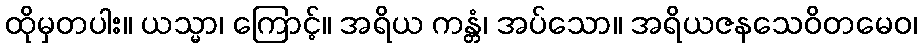
ထိုမှတပါး။ ယသ္မာ၊ ကြောင့်။ အရိယ ကန္တံ၊ အပ်သော။ အရိယဇနသေဝိတမေဝ၊